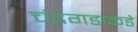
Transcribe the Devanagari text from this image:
चंदगडाकडे